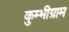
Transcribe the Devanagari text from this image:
कुम्भीग्राम